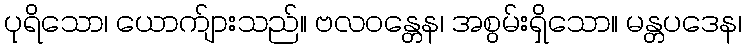
ပုရိသော၊ ယောက်ျားသည်။ ဗလဝန္တေန၊ အစွမ်းရှိသော။ မန္တပဒေန၊